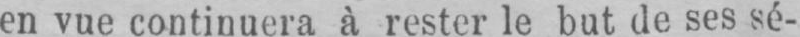
en vue continuera à rester le but de ses sé-